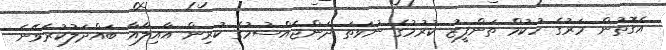
އެގޮތުން މަރުގެ ހުކުމް ތަންފީޒު ކުރުމުގެ ނުވަތަ ދަންޖެއްސުމުގެ ކުރިން އާއިލާއާ ބައްދަލުކުރެވޭނެ